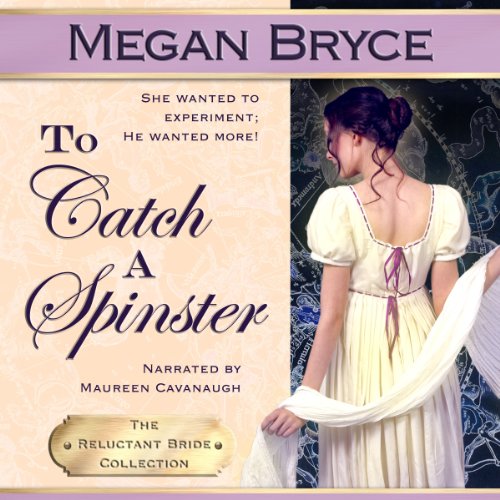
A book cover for To Catch a Spinster: The Reluctant Bride Collection, Volume 1; Megan Bryce; Romance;